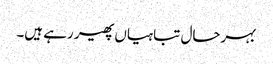
بہرحال تباہیاں پھیر رہے ہیں۔